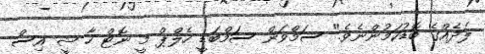
ލަދެއްގެ ބޮޑުކަމުންނެވެ." ސަމްވަން ސަމްބަޑީ ހެލްޕް މީ ނޮޓް ހާ ޝީ އިސް